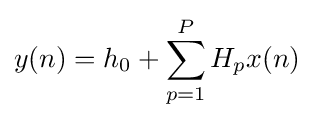
y(n)=h_{0}+\sum _{p=1}^{P}H_{p}x(n)